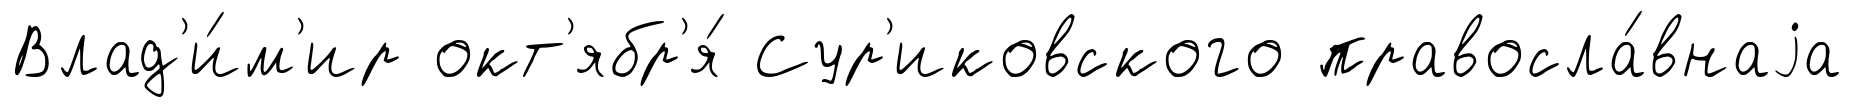
Влад'и́м'ир окт'ябр'я́ Сур'иковского правосла́внаjа